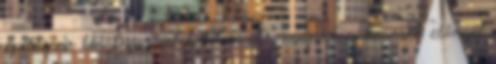
építőipar tényleges értéket termel. , csupán a kevesek előnyét